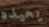
يعيده